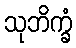
သုဘိက္ခံ